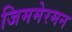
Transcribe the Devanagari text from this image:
जिममेरमन